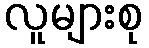
လူများစု